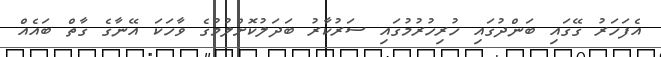
އެފަހަރު ގޭގައި ބަންދުގައި ހުރިހުރުމުގައި ސަރުކާރު ބަދަލުކޮށްލުމުގެ ވާހަކަ އޭނާގެ ގާތް ބައެއް